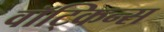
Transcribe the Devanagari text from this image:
वॉट्किन्स